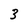
Character: 3